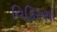
વિકિરણો